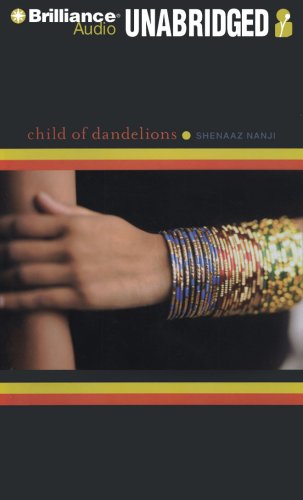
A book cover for Child of Dandelions; Shenaaz Nanji; Teen & Young Adult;